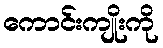
ကောင်းကျိုးကို